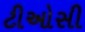
ટીઓસી